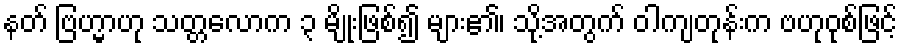
နတ် ဗြဟ္မာဟု သတ္တလောက ၃ မျိုးဖြစ်၍ များ၏၊ သို့အတွက် ဝါကျတုန်းက ဗဟုဝုစ်ဖြင့်